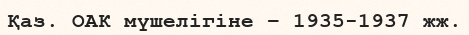
Қаз. ОАК мүшелігіне – 1935-1937 жж.